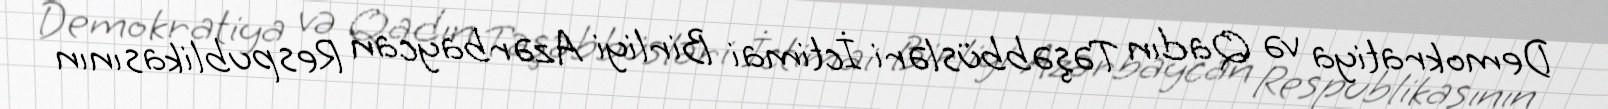
Demokratiya və Qadın Təşəbbüsləri İctimai Birliyi Azərbaycan Respublikasının